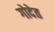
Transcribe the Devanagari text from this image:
गोदेत